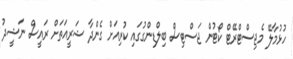
ހުޅުމާލޭ މެޖިސްޓްރޭޓް ކޯޓުން ޖަސްޓިސް ބިލްޑިންގުގައި ކުރިއަށް ގެންދާ ޝަރީއަތަށް ރައީސް ނަޝީދު